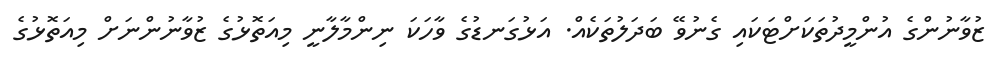
ޒުވާނުންގެ އުންމީދުތަކަށްޓަކައި ގެނުވޭ ބަދަލުތަކެއް. އަޅުގަނޑުގެ ވާހަކަ ނިންމާލާނީ މިއަތޮޅުގެ ޒުވާނުންނަށް މިއަތޮޅުގެ